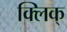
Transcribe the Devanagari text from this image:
क्लिक्